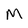
Character: M